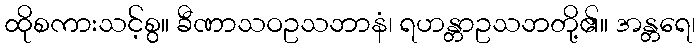
ထိုစကားသင့်စွ။ ခီဏာသဝဥသဘာနံ၊ ရဟန္တာဥသဘတို့၏။ အန္တရေ၊